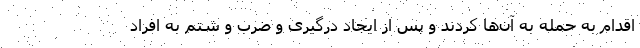
اقدام به حمله به آن‌ها کردند و پس از ایجاد درگیری و ضرب و شتم به افراد